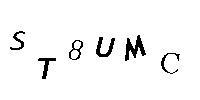
ST8UMC